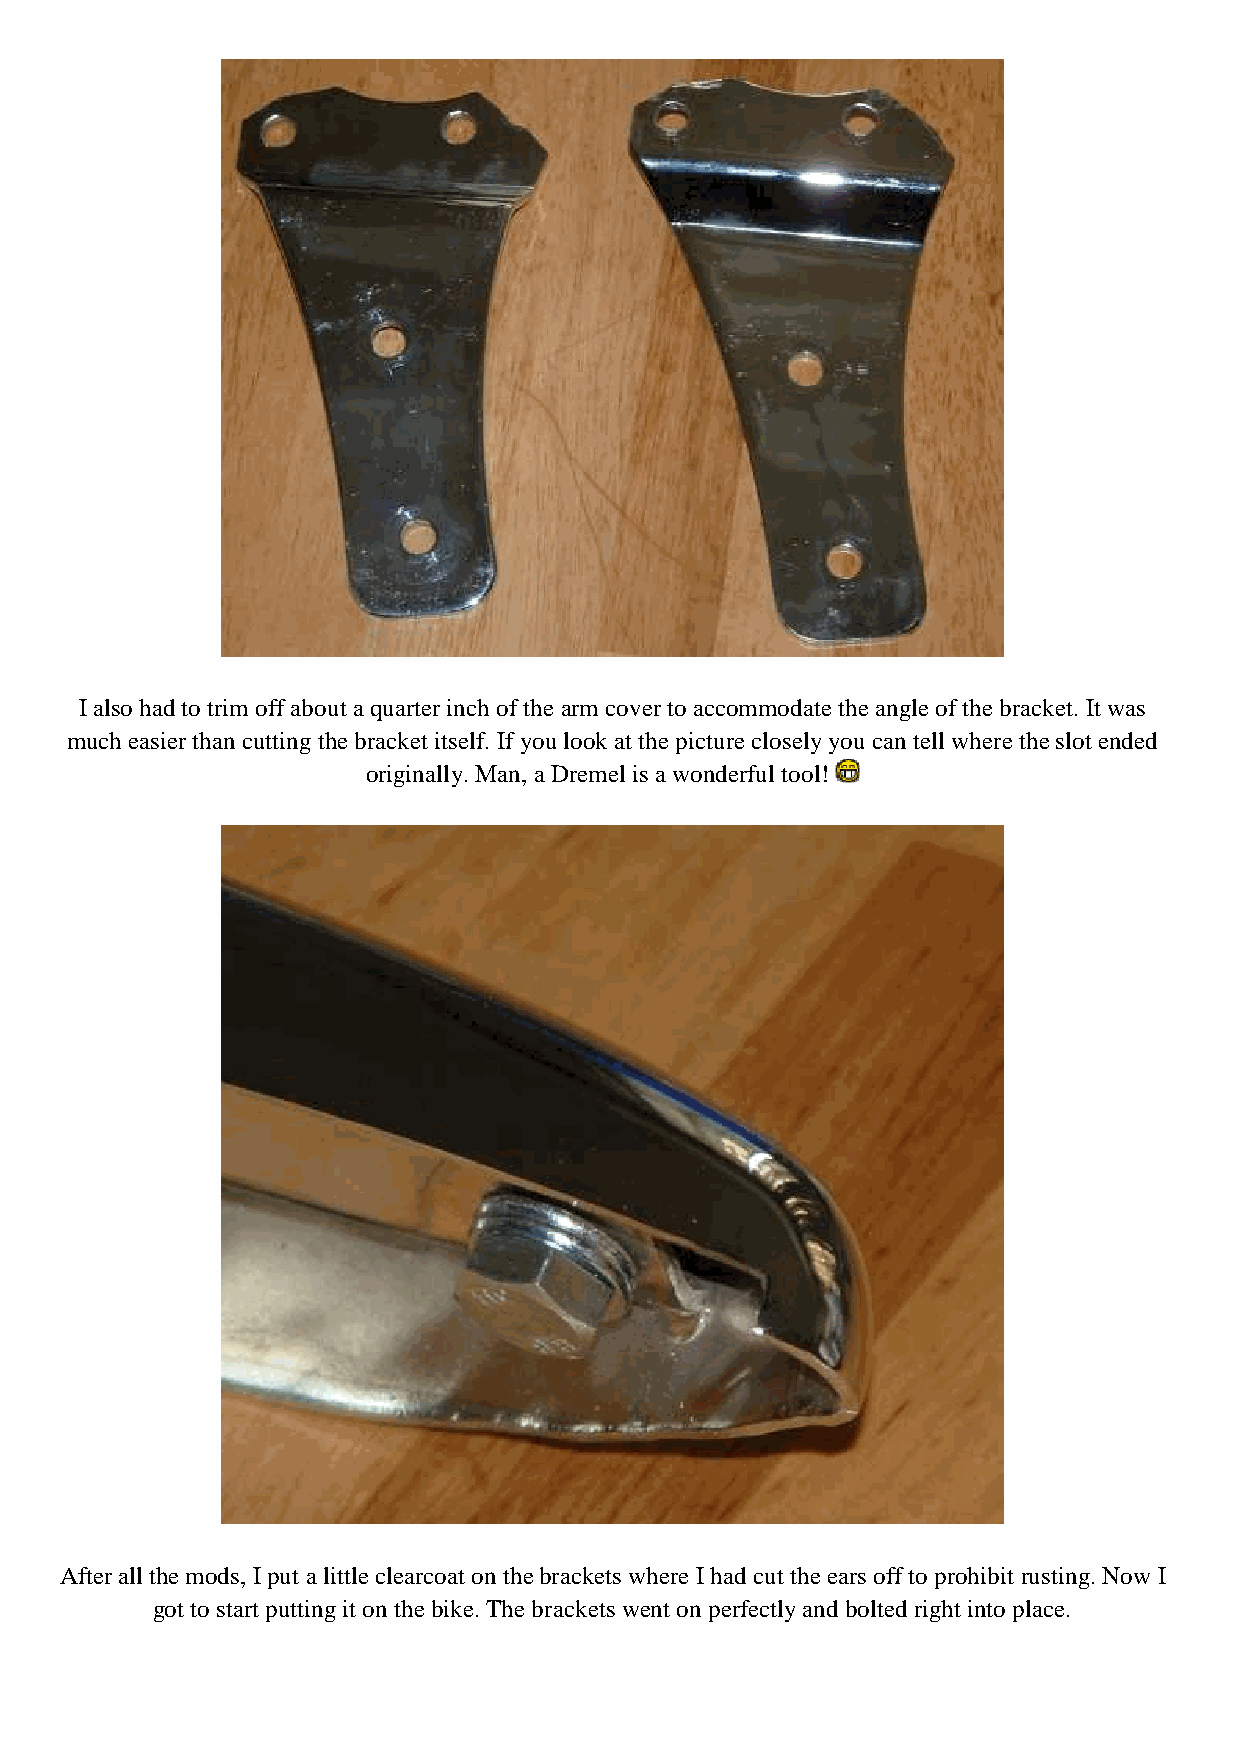
I also had to trim off about a quarter inch of the arm cover to accommodate the angle of the bracket. It was
 much easier than cutting the bracket itself. If you look at the picture closely you can tell where the slot ended
 originally. Man, a Dremel is a wonderful tool!
 After all the mods, I put a little clearcoat on the brackets where I had cut the ears off to prohibit rusting. Now I
 got to start putting it on the bike. The brackets went on perfectly and bolted right into place.